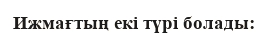
Ижмағтың екі түрі болады: